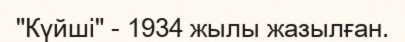
"Күйші" - 1934 жылы жазылған.